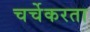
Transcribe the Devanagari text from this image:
चर्चेकरता